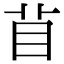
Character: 𥄕